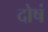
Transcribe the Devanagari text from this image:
दोषं